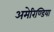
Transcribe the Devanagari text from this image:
अमेरिण्डिया